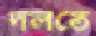
দলতে